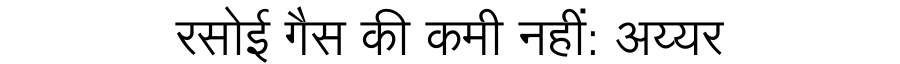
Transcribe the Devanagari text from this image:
रसोई गैस की कमी नहीं: अय्यर